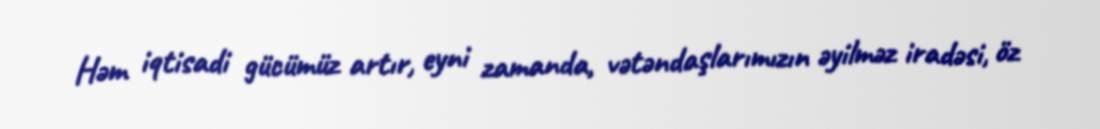
Həm iqtisadi gücümüz artır, eyni zamanda, vətəndaşlarımızın əyilməz iradəsi, öz